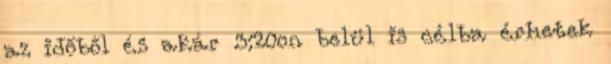
az időből és akár 3:20on belül is célba érhetek